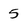
Character: 5